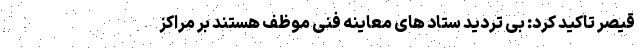
قیصر تاکید کرد: بی تردید ستاد های معاینه فنی موظف هستند بر مراکز